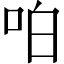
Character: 㕷